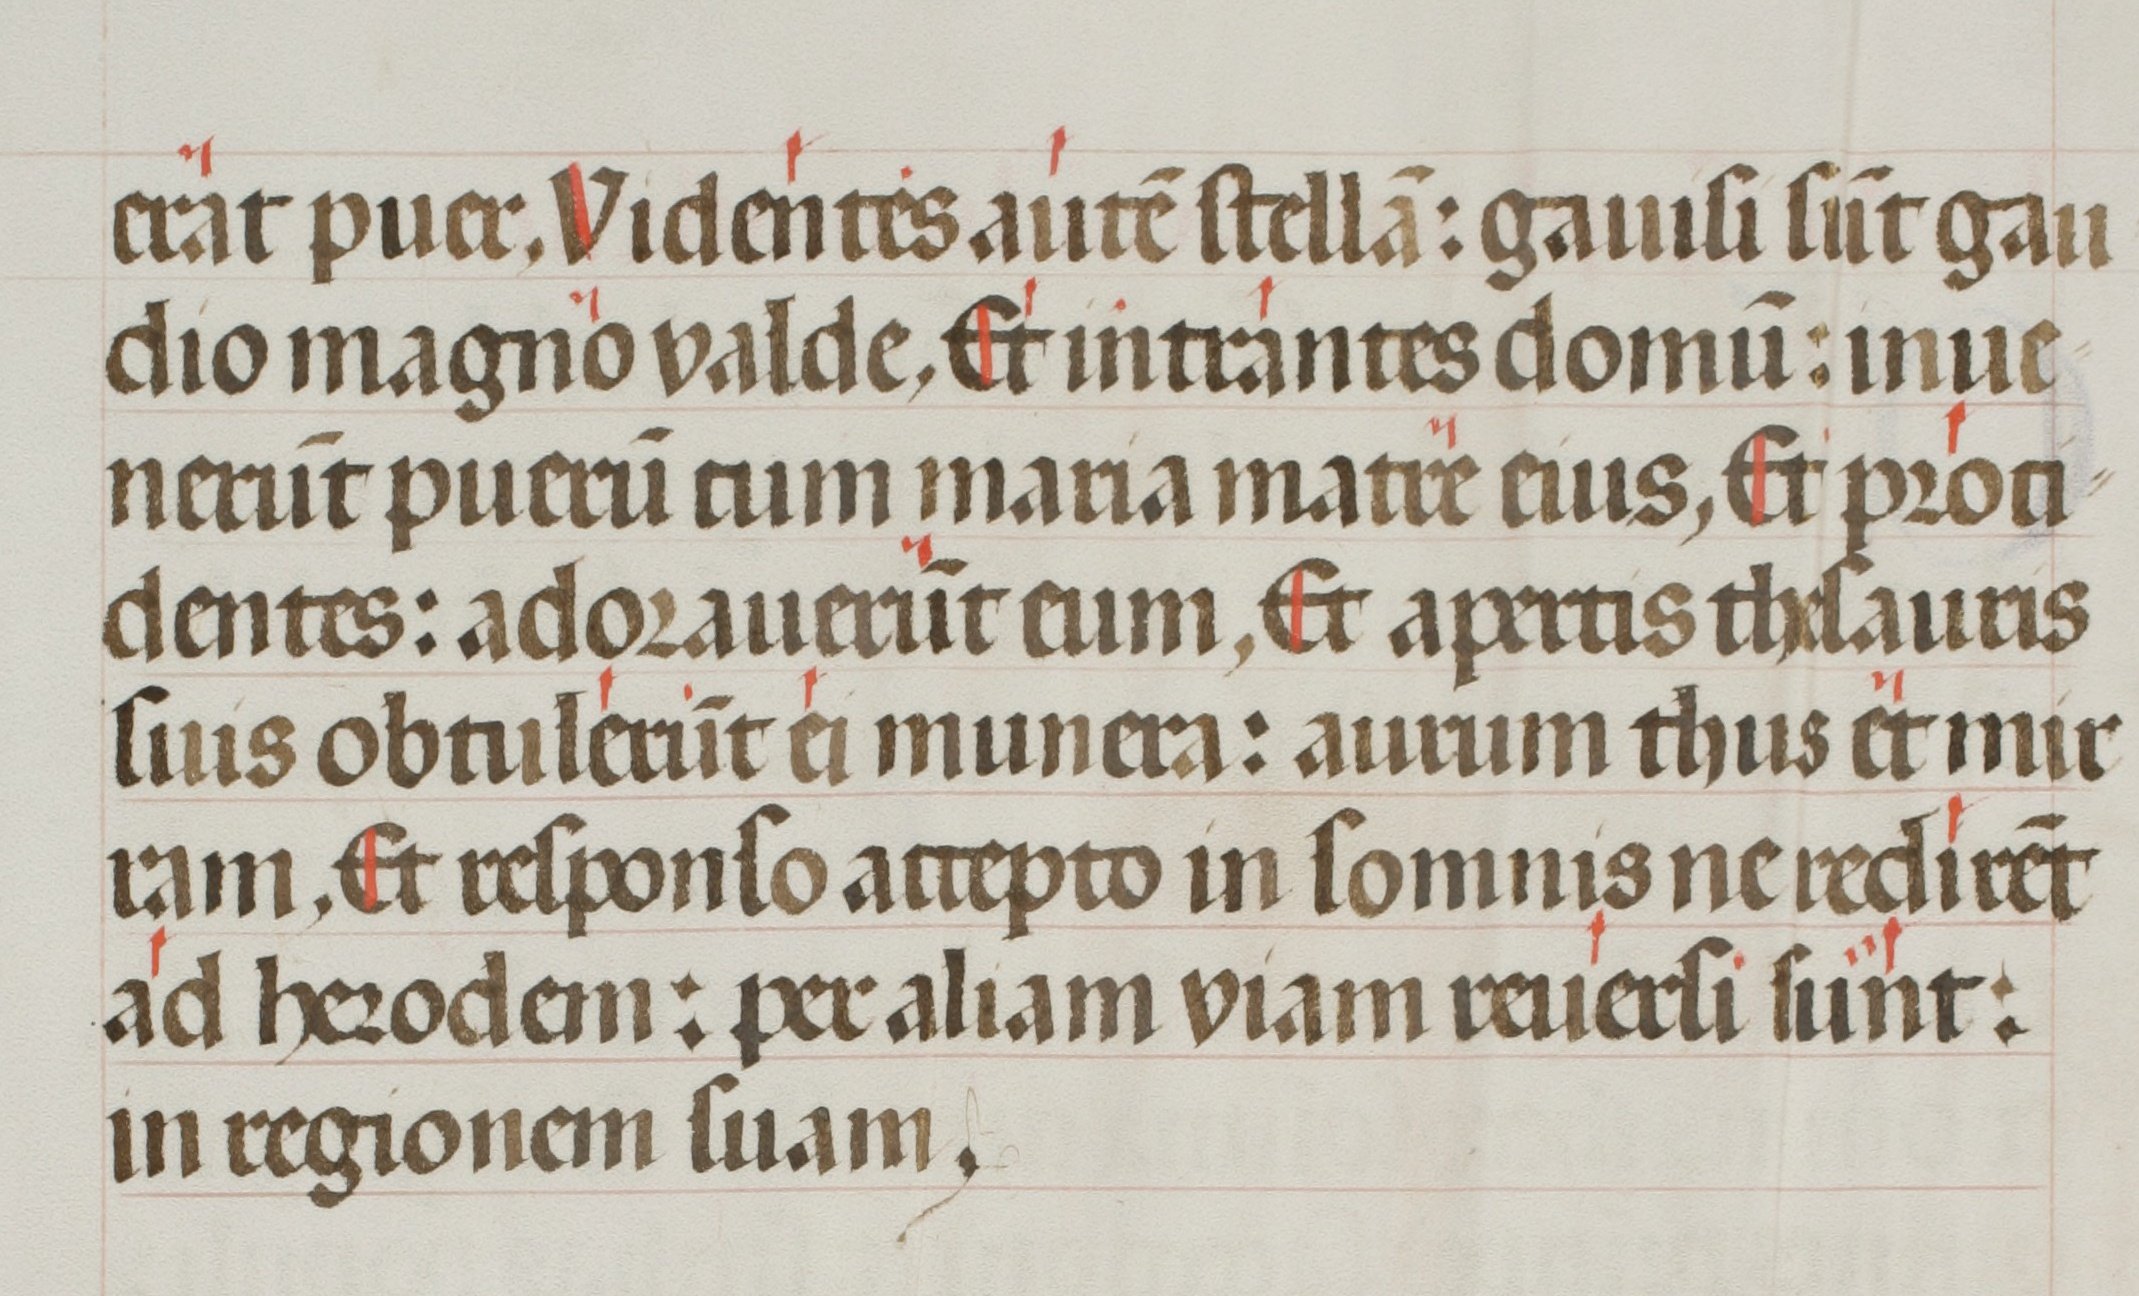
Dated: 1400–1499